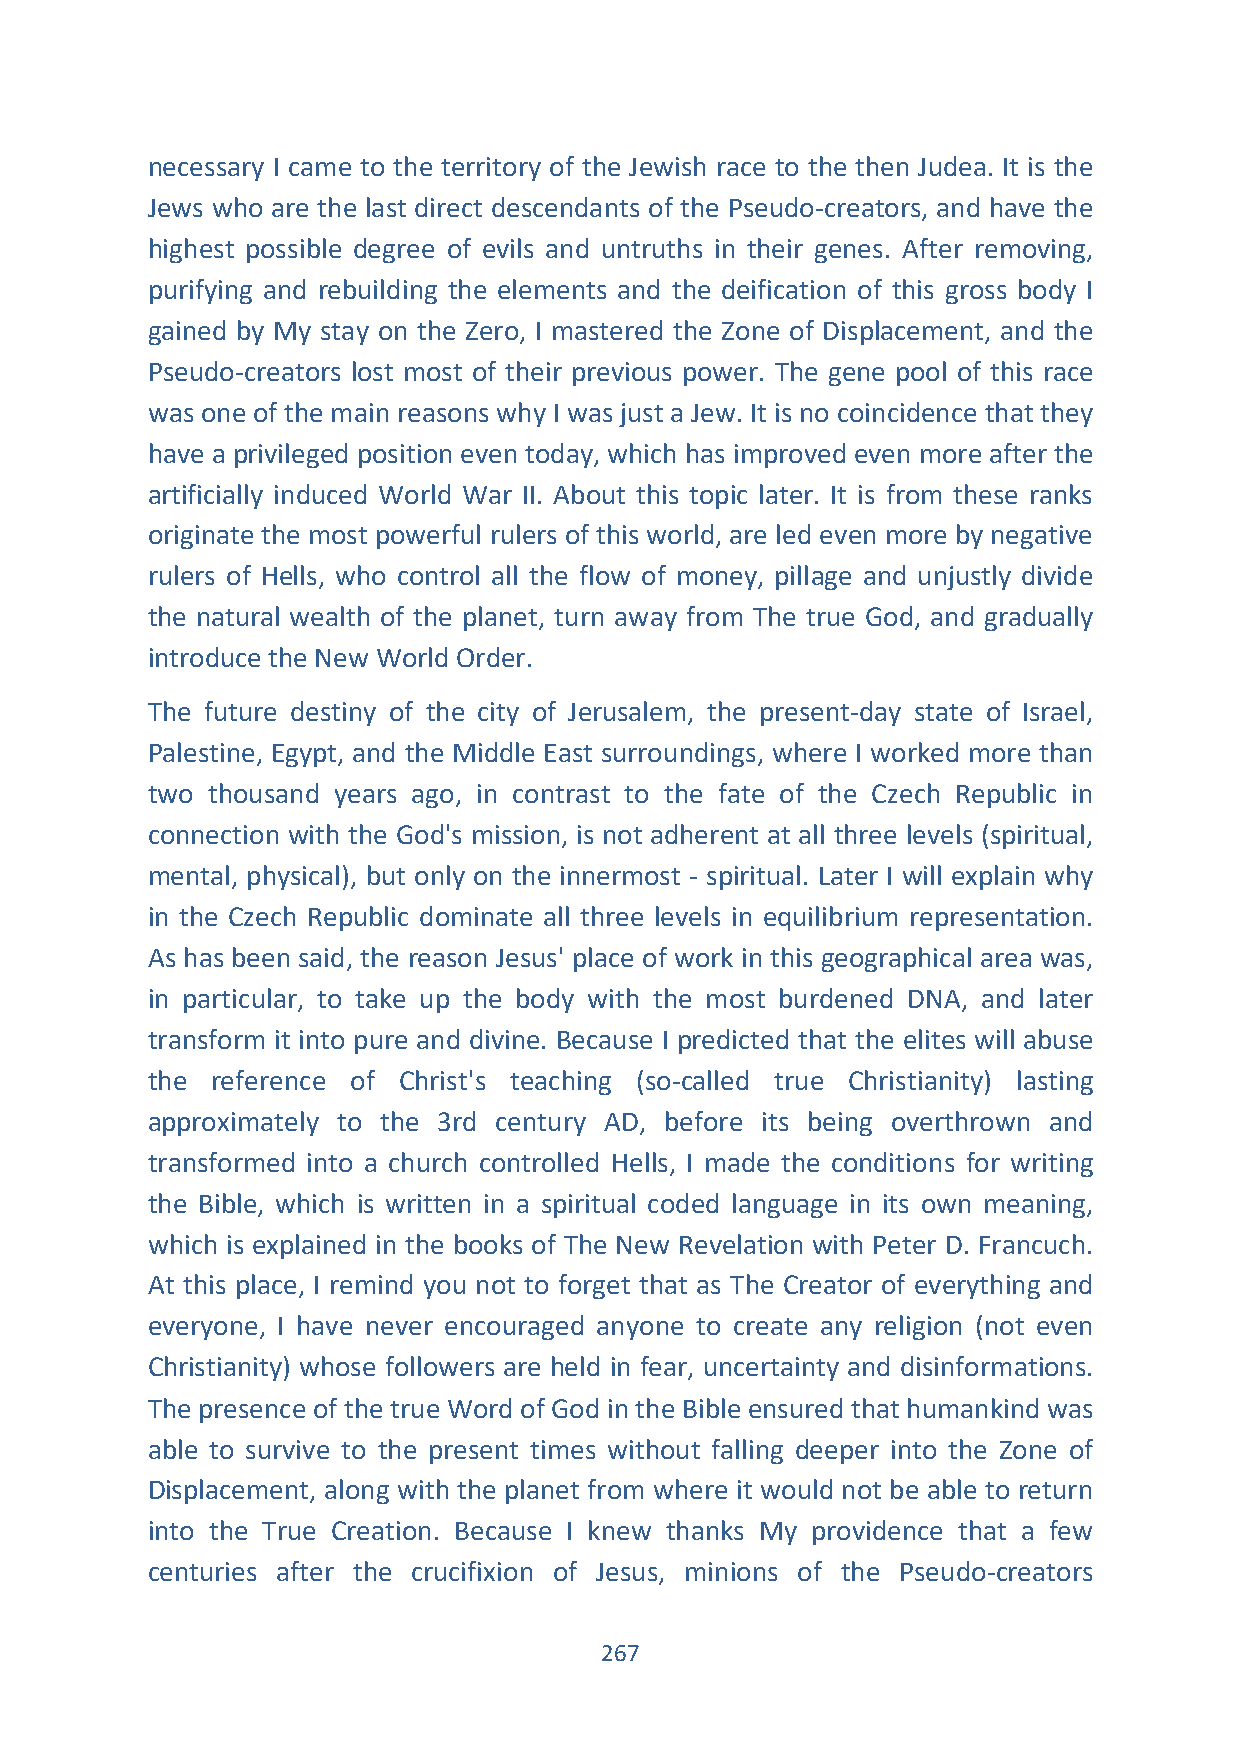
necessary I came to the territory of the Jewish race to the then Judea. It is the
 Jews who are the last direct descendants of the Pseudo-creators, and have the
 highest possible degree of evils and untruths in their genes. After removing,
 purifying and rebuilding the elements and the deification of this gross body I
 gained by My stay on the Zero, I mastered the Zone of Displacement, and the
 Pseudo-creators lost most of their previous power. The gene pool of this race
 was one of the main reasons why I was just a Jew. It is no coincidence that they
 have a privileged position even today, which has improved even more after the
 artificially induced World War II. About this topic later. It is from these ranks
 originate the most powerful rulers of this world, are led even more by negative
 rulers of Hells, who control all the flow of money, pillage and unjustly divide
 the natural wealth of the planet, turn away from The true God, and gradually
 introduce the New World Order.
 The future destiny of the city of Jerusalem, the present-day state of Israel,
 Palestine, Egypt, and the Middle East surroundings, where I worked more than
 two thousand years ago, in contrast to the fate of the Czech Republic in
 connection with the God's mission, is not adherent at all three levels (spiritual,
 mental, physical), but only on the innermost - spiritual. Later I will explain why
 in the Czech Republic dominate all three levels in equilibrium representation.
 As has been said, the reason Jesus' place of work in this geographical area was,
 in particular, to take up the body with the most burdened DNA, and later
 transform it into pure and divine. Because I predicted that the elites will abuse
 the reference of Christ's teaching (so-called true Christianity) lasting
 approximately to the 3rd century AD, before its being overthrown and
 transformed into a church controlled Hells, I made the conditions for writing
 the Bible, which is written in a spiritual coded language in its own meaning,
 which is explained in the books of The New Revelation with Peter D. Francuch.
 At this place, I remind you not to forget that as The Creator of everything and
 everyone, I have never encouraged anyone to create any religion (not even
 Christianity) whose followers are held in fear, uncertainty and disinformations.
 The presence of the true Word of God in the Bible ensured that humankind was
 able to survive to the present times without falling deeper into the Zone of
 Displacement, along with the planet from where it would not be able to return
 into the True Creation. Because I knew thanks My providence that a few
 centuries after the crucifixion of Jesus, minions of the Pseudo-creators
 267